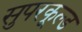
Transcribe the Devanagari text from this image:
सुपरकूल्ड